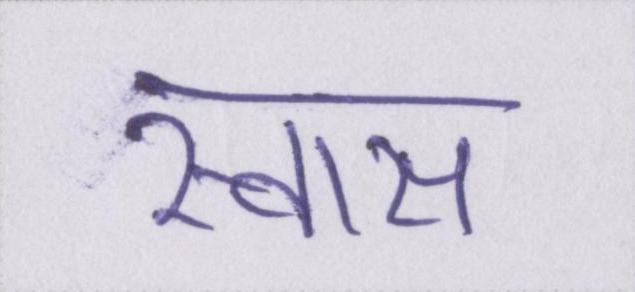
स्वास